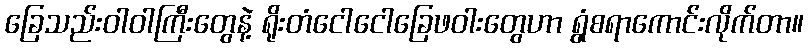
ခြေသည်းဝါဝါကြီးတွေနဲ့ ရိုးတံငေါငေါခြေဖဝါးတွေဟာ ရွံစရာကောင်းလိုက်တာ။